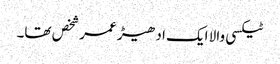
ٹیکسی والا ایک ادھیڑ عمر شخص تھا۔